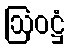
ဩဝဋ္ဌံ